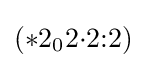
(*2_{0}2{\cdot }2{:}2)